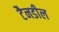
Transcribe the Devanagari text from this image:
टैनडील